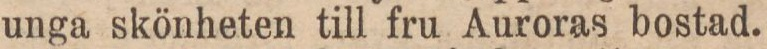
unga skönheten till fru Auroras bostad.